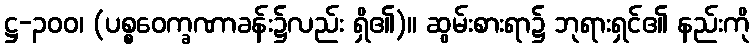
ဋ္ဌ-၃၀၀၊ (ပစ္စဝေက္ခဏာခန်း၌လည်း ရှိ၏)။ ဆွမ်းစားရာ၌ ဘုရားရှင်၏ နည်းကို